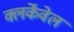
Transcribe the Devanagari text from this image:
क्लर्केंवेल